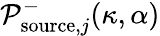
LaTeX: \mathcal{P}_{\mathrm{source},j}^{-}(\kappa,\alpha)